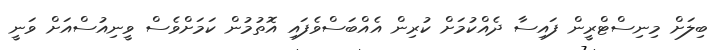
ބިލަށް މިނިސްޓްރީން ފައިސާ ދެއްކުމަށް ކުރިން އެއްބަސްވެފައި އޮތުމުން ކަމަށްވެސް ވީނިއުސްއަށް ވަނީ